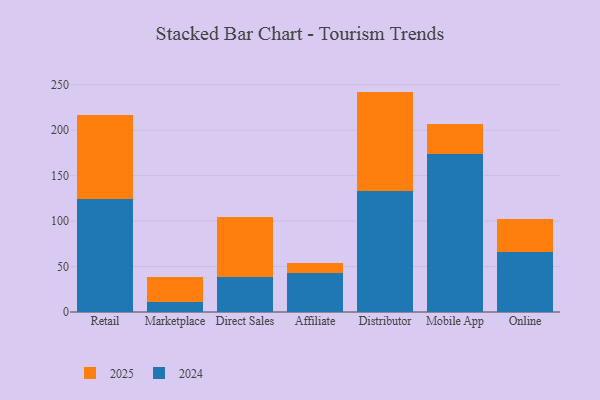
{"axis": {"x": "Channel", "y": "Population (Million)"}, "legend": ["2024", "2025"], "data": [{"x": "Retail", "y": 92.9, "type": "2025"}, {"x": "Retail", "y": 124.0, "type": "2024"}, {"x": "Marketplace", "y": 28.2, "type": "2025"}, {"x": "Marketplace", "y": 10.6, "type": "2024"}, {"x": "Direct Sales", "y": 65.9, "type": "2025"}, {"x": "Direct Sales", "y": 39.0, "type": "2024"}, {"x": "Affiliate", "y": 11.0, "type": "2025"}, {"x": "Affiliate", "y": 42.7, "type": "2024"}, {"x": "Distributor", "y": 109.6, "type": "2025"}, {"x": "Distributor", "y": 132.7, "type": "2024"}, {"x": "Mobile App", "y": 33.1, "type": "2025"}, {"x": "Mobile App", "y": 173.6, "type": "2024"}, {"x": "Online", "y": 35.7, "type": "2025"}, {"x": "Online", "y": 66.5, "type": "2024"}]}